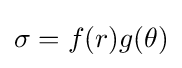
\sigma =f(r)g(\theta )